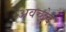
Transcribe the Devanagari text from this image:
अवच्छेद